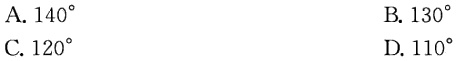
A. \(140^{\circ}\)

B. \(130^{\circ}\)

C. \(120^{\circ}\)

D. \(110^{\circ}\)